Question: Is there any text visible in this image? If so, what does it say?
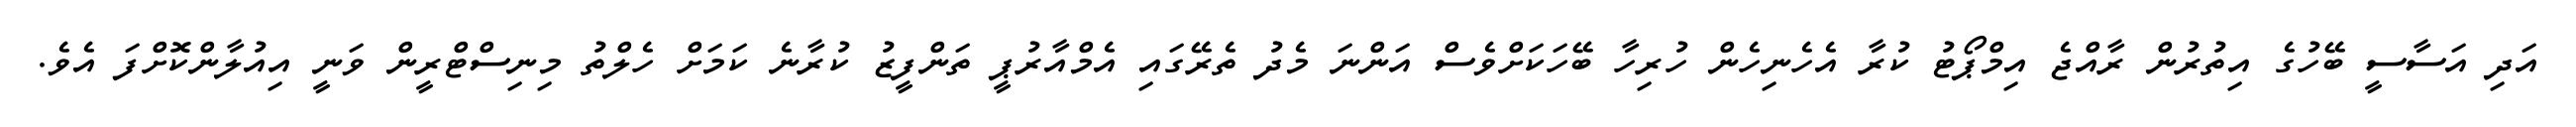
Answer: އަދި އަސާސީ ބޭހުގެ އިތުރުން ރާއްޖެ އިމްޕޯޓު ކުރާ އެހެނިހެން ހުރިހާ ބޭހަކަށްވެސް އަންނަ މެދު ތެރޭގައި އެމްއާރުޕީ ތަންފީޒު ކުރާނެ ކަމަށް ހެލްތު މިނިސްޓްރީން ވަނީ އިއުލާންކޮށްފަ އެވެ.